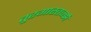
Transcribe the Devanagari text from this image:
तुरगास्तज्झै